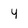
Character: y